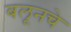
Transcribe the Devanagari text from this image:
बलूनचे